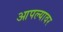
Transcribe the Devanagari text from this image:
आपल्‍यावर